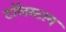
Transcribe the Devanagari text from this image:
टॉलस्टाय